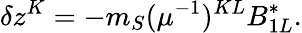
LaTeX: \delta z^{K}=-m_{S}(\mu^{-1})^{KL}B_{1L}^{*}.